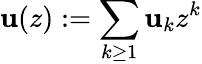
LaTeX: \mathbf{u}(z):=\sum_{k\geq1}\mathbf{u}_{k}z^{k}